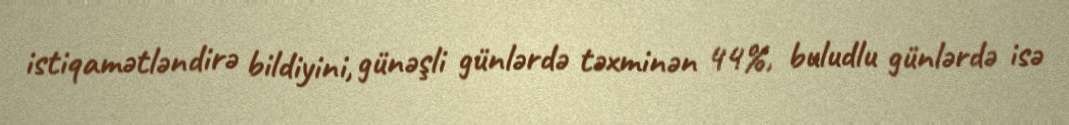
istiqamətləndirə bildiyini, günəşli günlərdə təxminən 44%, buludlu günlərdə isə